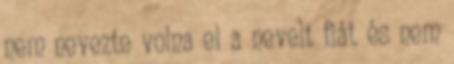
nem nevezte volna el a nevelt fiát és nem